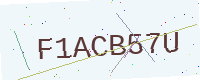
Text: F1ACB57U